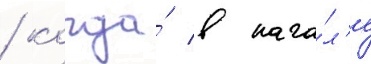
/ когда́ в нача́л'е